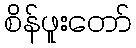
စိန်ဖူးတော်